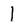
Character: l